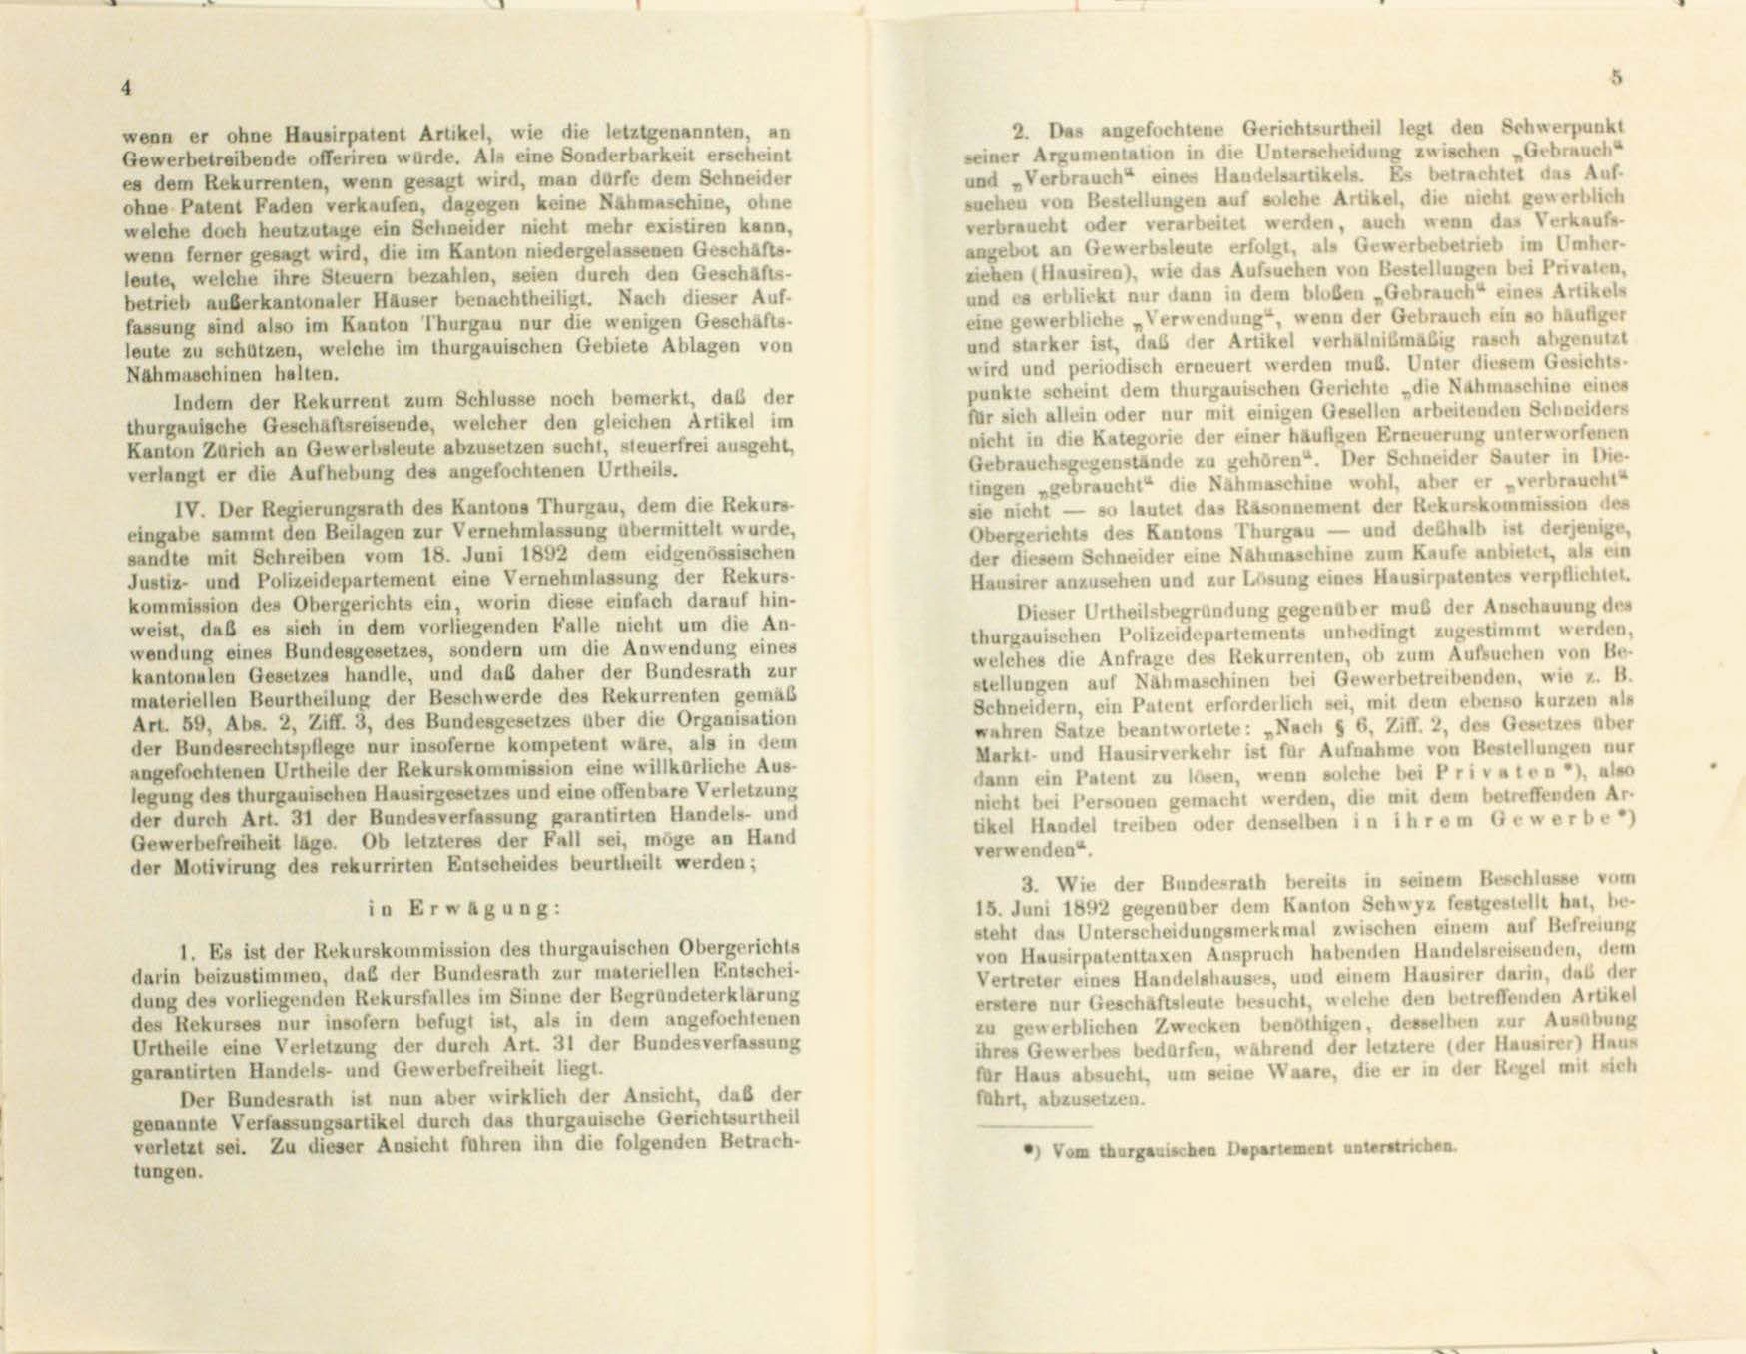
wenn er ohne Hausirpatent Artikel, wie die letztgenannten, an

Gewerbetreibende offeriren würde. Als eine Sonderbarkeit erscheint
und „Verbrauch eines Handelsartikels. Es betrachtet das Auf-
es dem Rekurrenten, wenn gesagt wird, man dürfe dem Schneider
suchen von Bestellungen auf solche Artikel, die nicht gewerblich
ohne Patent Faden verkaufen, dagegen keine Rahmaschine, ohne
verbraucht oder verarbeitet werden, auch wenn das Verkaufs-
welche doch heutzutage ein Schneider nicht mehr existiren kann,
angebot an Gewerbsleute erfolgt, als Gewerbebetrieb im Umher-
wenn ferner gesagt wird, die im Kanton niedergelassenen Geschäfts-
ziehen (Hausiren), wie das Aufsuchen von Bestellungen bei Privaten,
leute, welche ihre Steuern bezahlen, seien durch den Geschafts-
und es erblickt nur dann in dem bloßen „Gebrauch“ eines Artikels
betrieb auberkantonaler Häuser benachtheiligt. Nach dieser Auf-
eine gewerbliche Verwendung, wenn der Gebrauch ein so häufiger
fassung sind also im Kanton Thurgau nur die wenigen Geschäfts-
und starker ist, das der Artikel verhälnißmäßig rasch abgenutzt
leute zu schützen, welche im Thurgauischen Gebiete Ablagen von
wird und periodisch erneuert werden muß. Unter diesem Gesichts-
Nahmaschinen halten.
punkte scheint dem thurgauischen Gerichte „die Nahmaschine eines
Indem der Rekurrent zum Schlüsse noch bemerkt, daß der
für sich allein oder nur mit einigen Gesellen arbeitenden Schneiders
thurgauische Geschäftsreisende, welcher den gleichen Artikel im
nicht in die Kategorie der einer häufigen Erneuerung unterworfenen
Kanton Zürich an Gewerbsleute abzusetzen sucht, steuerfrei ausgeht
Gebrauchsgegenstände zu gehören. Der Schneider Sauter in Die-
verlangt er die Aufhebung des angefochtenen Urtheils.
lingen gebraucht die Nähmaschine wohl, aber er „verbraucht
IV. Der Regierungsrath des Kantons Thurgau, dem die Rekurs-
sie nicht — so lautet das Räsonnement der Rekurskommission des
Obergerichts des Kantons Thurgau — und deshalb ist derjenige,
eingabe sammt den Beilagen zur Vernehmlassung übermittelt wurde,
der diesem Schneider eine Nahmaschine zum Kaufe anbietet, als ein
sandte mit Schreiben vom 18. Juni 1892 dem eidgenössischen
Hausirer anzusehen und zur Lesung eines Hausirpatentes verpflichtet.
Justiz- und Polizeidepartement eine Vernehmlassung der Rekurs-
kommission des Obergerichts ein, worin diese einfach darauf hin-
Dieser Urtheilsbegründung gegenüber muß der Anschauung des
weist, daß es sich in dem vorliegenden Falle nicht um die An-
thurgauischen Polizeidepartements unbedingt zugestimmt werden,
wendung eines Bundesgesetzes, sondern um die Anwendung eines
welches die Anfrage des Rekurrenten, ob zum Aufsuchen von Be-
kantonalen Gesetzes handle, und daß daher der Bundesrath zur
stellungen auf Nähmaschinen bei Gewerbetreibenden, wie z. B.
materiellen Beurtheilung der Beschwerde des Rekurrenten gemäß
Schneidern, ein Patent erforderlich sei, mit dem ebenso kurzen als
Art. 59, Abs. 2, Ziff. 3, des Bundesgesetzes über die Organisation
wahren Satze beantwortete: „Nach § 6, Ziff. 2, des Gesetzes aber
der Bundesrechtspflege nur insoferne kompetent wäre, als in dem
Markt- und Hausirverkehr ist für Aufnahme von Bestellungen nur
angefochtenen Urtheile der Rekurskommission eine willkürliche Aus-
dann ein Patent zu lesen, wenn solche bei Privaten, also
legung des thurgauischen Hausirgesetzes und eine offenbare Verletzung
nicht bei Personen gemacht werden, die mit dem betreffenden Ar-
der durch Art. 31 der Bundesverfassung garantirten Handels- und
Ekel Handel treiben oder denselben in ihrem Gewerben
Gewerbefreiheit läge. Ob letzteres der Fall sei, möge an Hand
verwenden“.
der Motivirung des rekurrirten Entscheides beurtheilt werden;
3. Wie der Bundesrath bereits in seinem Beschlusse vom
18. Juni 1892 gegenüber dem Kanton Schwyz festgestellt hat, be-
in Erwägung:
steht das Unterscheidungsmerkmal zwischen einem auf Befreiung
1. Es ist der Rekurskommission des Thurgauischen Obergerichts
von Hausirpatenttaxen Anspruch habenden Handelsreisenden, dem
darin beizustimmen, daß der Bundesrath zur materiellen Entschei-
Vertreter eines Handelshauses, und einem Hausirer darin, daß der
dung des vorliegenden Rekursfalles im Sinne der Begründeterklärung
erstere nur Geschäftsleute besucht, welche den betreffenden Artikel
des Rekurses nur insofern befugt ist, als in dem angefochtenen
zu gewerblichen Zwecken benöthigen, desselben zur Ausübung
Urtheile eine Verletzung der durch Art. 31 der Bundesverfassung
ihres Gewerbes bedarfen, während der letztere (der Hausirer) Haus
garantirten Handels- und Gewerbefreiheit liegt.
für Haus absucht, um seine Waare, die er in der Regel mit sich
Der Bundesrath ist nun aber wirklich der Ansicht, daß der
fahrt, abzusetzen.
genannte Verfassungsartikel durch das thurgauische Gerichtsurtheil
verletzt sei. Zu dieser Ansicht führen ihn die folgenden Betrach-
) Vom Thurgauischen Departement unterstrichen
tungen.

2. Das angefochtene Gerichtsurtheil legt den Schwerpunkt
seiner Argumentation in die Unterscheidung zwischen „Gebrauch